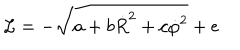
LaTeX: { \cal L } = - \sqrt { a + b \dot { R } ^ { 2 } + c \dot { \varphi } ^ { 2 } } + e